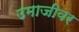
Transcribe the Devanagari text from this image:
उमाजीवर